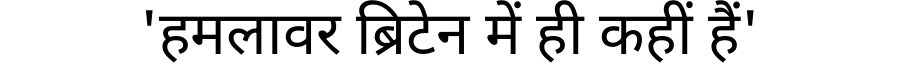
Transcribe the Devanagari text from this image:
'हमलावर ब्रिटेन में ही कहीं हैं'